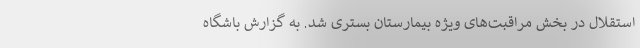
استقلال در بخش مراقبت‌های ویژه بیمارستان بستری شد. به گزارش باشگاه